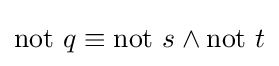
\mathrm {not} ~q\equiv \mathrm {not} ~s\land \mathrm {not} ~t